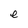
Character: e